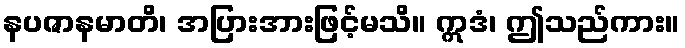
နပဇာနမာတိ၊ အပြားအားဖြင့်မသိ။ ဣဒံ၊ ဤသည်ကား။